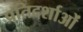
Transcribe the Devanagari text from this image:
प्रतिदर्शाओं